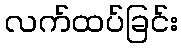
လက်ထပ်ခြင်း